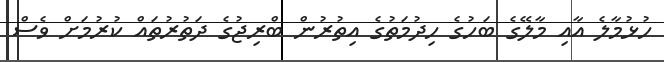
ހުޅުމާލެ އާއި މާލޭގެ ބަހުގެ ހިދުމަތުގެ އިތުރުން ބްރިޖުގެ ދަތުރުތައް ކުރުމަށް ވެސް